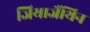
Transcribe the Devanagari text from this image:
जियाजैंथिन